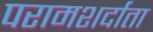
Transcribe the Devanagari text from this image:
परामशर्दाता